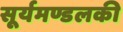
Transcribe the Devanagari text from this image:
सूर्यमण्डलकी